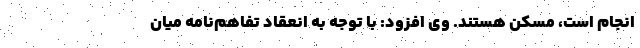
انجام است، مسکن هستند. وی افزود: با توجه به انعقاد تفاهم‌نامه میان